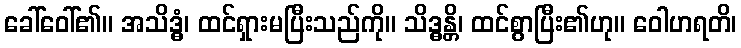
ခေါ်ဝေါ်၏။ အသိဒ္ဓံ၊ ထင်ရှားမပြီးသည်ကို။ သိဒ္ဓန္တိ၊ ထင်စွာပြီး၏ဟု။ ဝေါဟရတိ၊